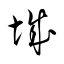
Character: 城